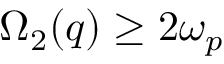
\Omega _ { 2 } ( q ) \geq 2 \omega _ { p }